Report on the cholera epidemic of
Year: 1868
Disease focus: Cholera
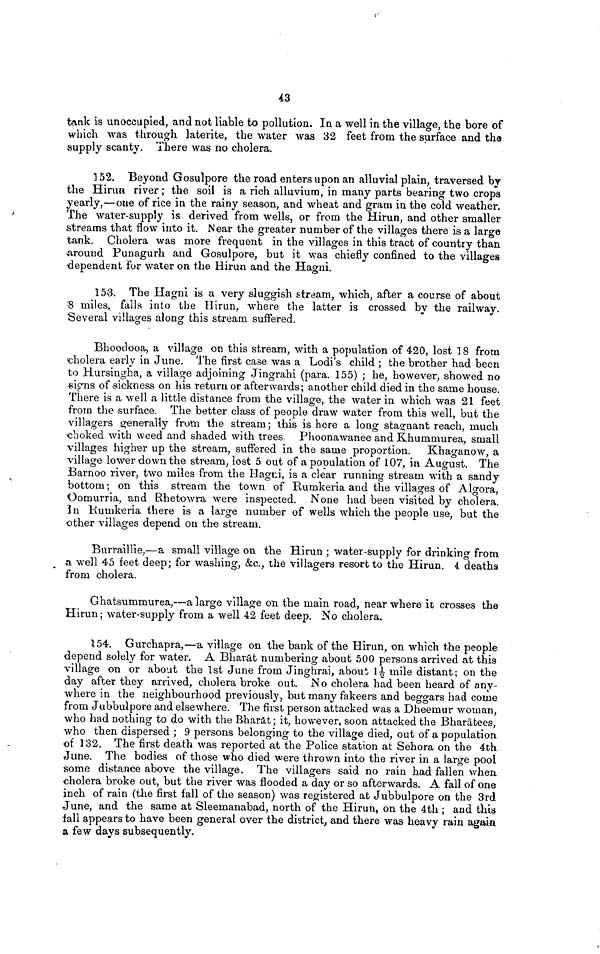
43
tank is unoccupied, and not liable to pollution. In a well in the village, the bore of
which was through latente, the water was 32 feet from the surface and the
supply scanty. There was no cholera.
152. Beyond Gosulpore the road enters upon an alluvial plain, traversed by
the Hirun river ; the soil is a rich alluvium, in many parts bearing two crops
yearly,—one of rice in the rainy season, and wheat and gram in the cold weather.
The Water-supply is derived from wells, or from the Hirun, and other smaller
streams that flow into it. Near the greater number of the villages there is a large
tank. Cholera was more frequent in the villages in this tract of country than
around Punagurh and Gosulpore, but it was chiefly confined to the villages
dependent for waler on the Hirun and the Hagni.
153. The Hagni is a very sluggish stream, which, after a course of about
8 miles, falls into the Hirun, where the latter is crossed by the railway.
Several villages along this stream suffered.
Bhooclooa, a village on this stream, with a population of 420, lost 18 from
cholera early in June. The first case was a Lodi's child ; the brother had been
to Hursingha, a village adjoining Jingrahi (para. 155) ; he, however, showed no
signs of sickness on his return or afterwards; another child died in the same house.
There is a well a little distance from the village, the water in which was 21 feet
from the surface. The better class of people draw water from this well, but the
villagers generally from the stream; this is here a long stagnant reach, much
choked with weed and shaded with trees. Phoonawanee and Khummurea, small
villages higher up the stream, suffered in the same proportion. Khaganow, a
village lower down the stream, lost 5 out of a population of 107, in August. The
Barnoo river, two miles from the Hagni, is a clear running stream with a sandy
bottom; on this stream the town of Rumkeria and the villages of Algora,
Oomurria, and Rhetowra were inspected. None had been visited by cholera.
In Kumkeria there is a large number of wells which the people use, but the
other villages depend on the stream.
Burraillie,—a small village on the Hirun ; water-supply for drinking from
a well 45 feet deep; for washing, &c., the villagers resort to the Hirun. 4 deaths
from cholera.
Ghatsummurea,—a large village on the main road, near where it crosses the
Hirun; water-supply from a well 42 feet deep. No cholera.
154. Gurchapra,—a village on the bank of the Hirun, on which the people
depend solely for water. A Bliarut numbering about 500 persons arrived at this
village on or about the 1st June from Jinghrai, about 1½ mile distant; on the
day after they arrived, cholera broke out. No cholera had been heard of any-
where in the neighbourhood previously, but many fakeers and beggars had come
from Jubbulpore and elsewhere. The first person attacked was a Dheemur woman,
who had nothing to do with the Bharat ; it, however, soon attacked the Bharatees,
who then dispersed ; 9 persons belonging to the village died, out of a population
of 132. The first death was reported at the Police station at Sehora on the 4th
June. The bodies of those who died were thrown into the river in a large pool
some distance above the village. The villagers said no rain had fallen when,
cholera broke out, but the river was flooded a day or so afterwards. A fall of one
inch of rain (the first fall of the season) was registered at Jubbulpore on the 3rd
June, and the same at Sleemanabad, north of the Hirun, on the 4th ; and this
lall appears to have been general over the district, and there was heavy rain again
a few days subsequently.